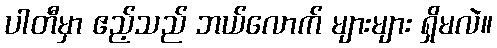
ပါတီမှာ ဧည့်သည် ဘယ်လောက် များများ ရှိမလဲ။